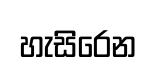
හැසිිරෙන